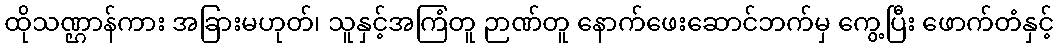
ထိုသဏ္ဌာန်ကား အခြားမဟုတ်၊ သူနှင့်အကြံတူ ဉာဏ်တူ နောက်ဖေးဆောင်ဘက်မှ ကွေ့ပြီး ဖောက်တံနှင့်